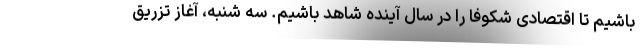
باشیم تا اقتصادی شکوفا را در سال آینده شاهد باشیم. سه شنبه، آغاز تزریق